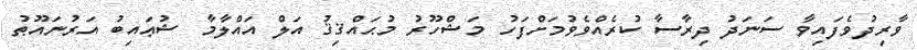
ވާރިދުވެފައިވާ ސަނަދު ދިރާސާ ކުރެއްވެވުމަށްފަހު މަޝްހޫރު މުޙައްޤިޤު އަލް އައްލާމާ ޝުޢައިބު އަރުނައޫޠު